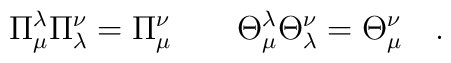
\Pi _{\mu }^{\lambda }\Pi _{\lambda }^{\nu }=\Pi {}_{\mu }^{\nu }\qquad\Theta _{\mu }^{\lambda }\Theta _{\lambda }^{\nu }=\Theta {}_{\mu }^{\nu}\quad .